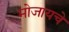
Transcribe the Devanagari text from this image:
मोजायचे